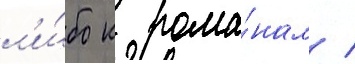
л'и́бо к рома́нам /